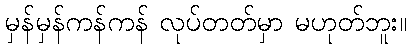
မှန်မှန်ကန်ကန် လုပ်တတ်မှာ မဟုတ်ဘူး။